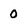
Character: 0